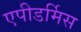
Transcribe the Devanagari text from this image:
एपीडर्मिस